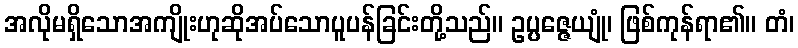
အလိုမရှိသောအကျိုးဟုဆိုအပ်သောပူပန်ခြင်းတို့သည်။ ဥပ္ပဇ္ဇေယျုံ၊ ဖြစ်ကုန်ရာ၏။ တံ၊